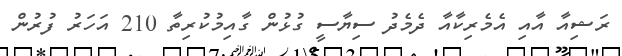
ރަޝިއާ އާއި އެމެރިކާއާ ދެމެދު ސިޔާސީ ގުޅުން ގާއިމުކުރިތާ 210 އަހަރު ފުރުން